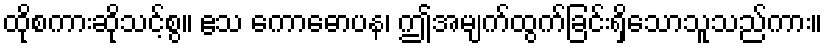
ထိုစကားဆိုသင့်စွ။ ဧသ ကောဓောပန၊ ဤအမျက်ထွက်ခြင်းရှိသောသူသည်ကား။